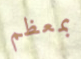
بمعظم